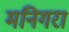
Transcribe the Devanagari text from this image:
मनिगरा